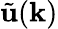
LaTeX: \tilde{\mathbf{u}}(\mathbf{k})